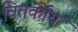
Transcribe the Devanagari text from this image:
वितर्कीय